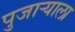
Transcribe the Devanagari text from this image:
पुजार्‍याला